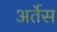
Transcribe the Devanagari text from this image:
अर्तेस